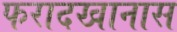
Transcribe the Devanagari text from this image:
फरादखानास